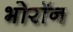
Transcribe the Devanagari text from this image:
भोरॉन